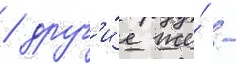
/ друг'и́е же́ -